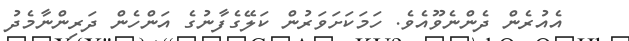
އެއުރެން ދެންނެވޫއެވެ. ހަމަކަށަވަރުން ކަލޭގެފާނުގެ އަންހެން ދަރިންނާމެދު